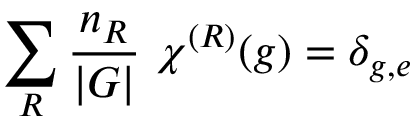
\sum _ { R } { \frac { n _ { R } } { | G | } } ~ \chi ^ { ( R ) } ( g ) = \delta _ { g , e }